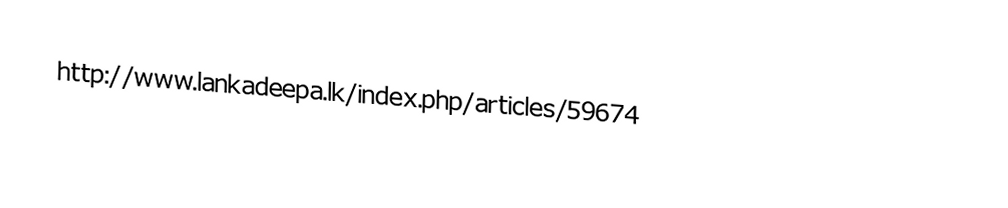
http://www.lankadeepa.lk/index.php/articles/59674